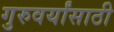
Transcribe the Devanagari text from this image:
गुरुवर्यांसाठी